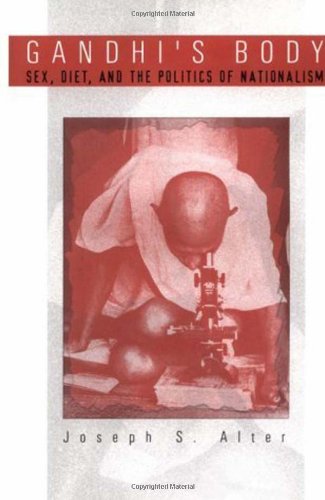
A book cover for Gandhi's Body: Sex, Diet, and the Politics of Nationalism (Critical Histories); Joseph S. Alter; Religion & Spirituality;